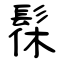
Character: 髹